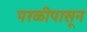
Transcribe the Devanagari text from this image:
परळीपासून